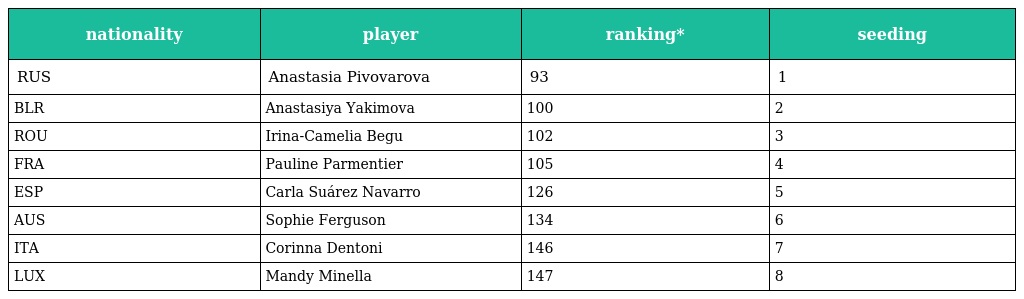
| nationality | player | ranking* | seeding |
 | --- | --- | --- | --- |
 | RUS | Anastasia Pivovarova | 93 | 1 |
 | BLR | Anastasiya Yakimova | 100 | 2 |
 | ROU | Irina-Camelia Begu | 102 | 3 |
 | FRA | Pauline Parmentier | 105 | 4 |
 | ESP | Carla Suárez Navarro | 126 | 5 |
 | AUS | Sophie Ferguson | 134 | 6 |
 | ITA | Corinna Dentoni | 146 | 7 |
 | LUX | Mandy Minella | 147 | 8 |